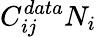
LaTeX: C_{ij}^{data}N_{i}